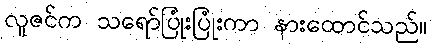
လူဇင်က သရော်ပြုံးပြုံးကာ နားထောင်သည်။